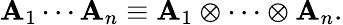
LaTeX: \mathbf{A}_{1}\cdots\mathbf{A}_{n}\equiv\mathbf{A}_{1}\otimes\cdots\otimes\mathbf{A}_{n}.